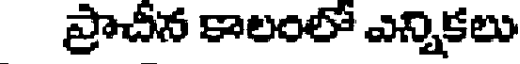
ప్రాచీన కాలంలో ఎన్నికలు